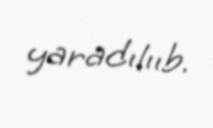
yaradılııb.